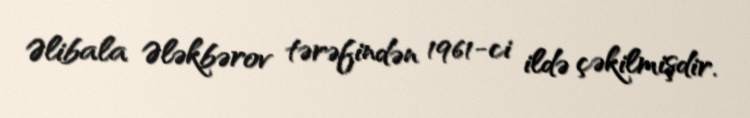
Əlibala Ələkbərov tərəfindən 1961-ci ildə çəkilmişdir.